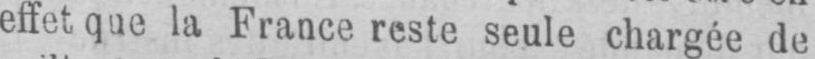
effet que la France reste seule chargée de